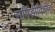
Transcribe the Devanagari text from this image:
सपिंडीविधीत